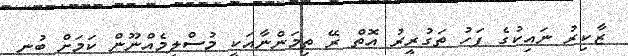
ޒާކިރު ނައިކުގެ ފަހު ތަގުރީރު އޮތް ރޭ ތިމަންނާއަކީ މުސްލިމެއްނޫން ކަމަށް ބުނި